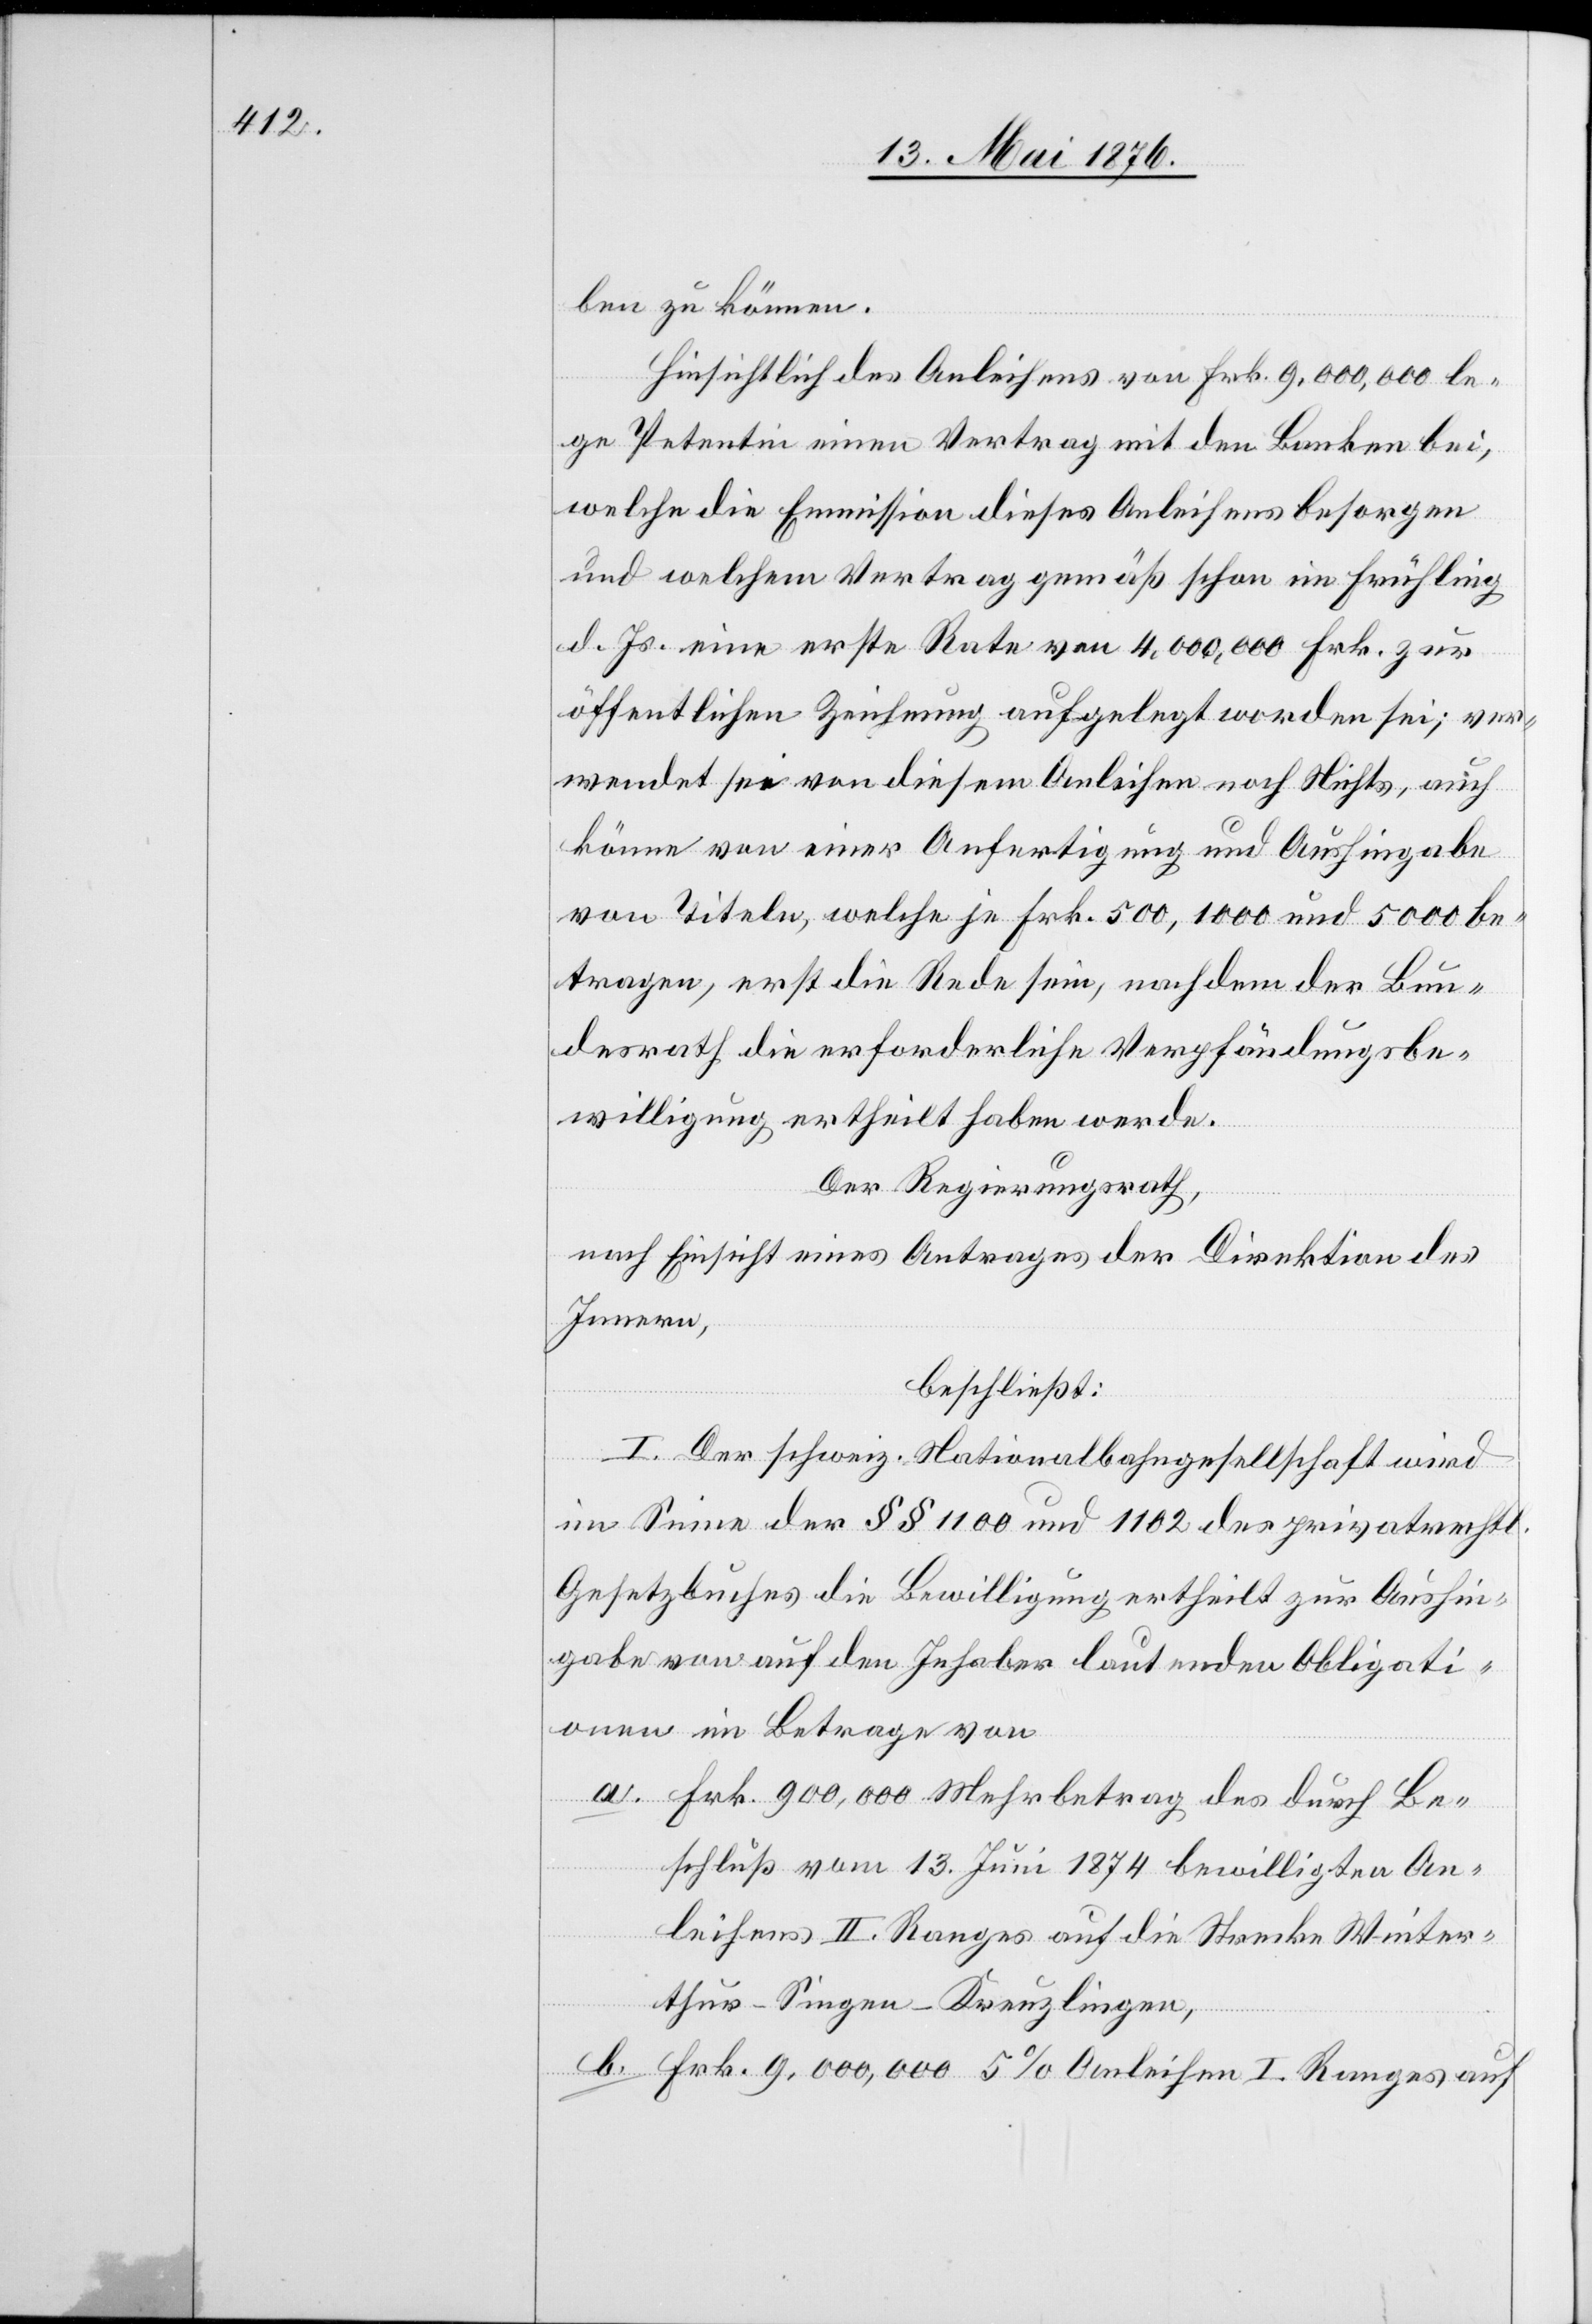
ben zu können.
Hinsichtlich des Anleihens von Frk. 9,000,000 le¬
ge Petentin einen Vertrag mit den Banken bei,
welche die Emission dieses Anleihens besorgen
und welchem Vertrag gemäß schon im Frühling
d. Js. eine erste Rate von 4,000,000 Frk. zur
öffentlichen Zeichnung aufgelegt worden sei; ver¬
wendet sei von diesem Anleihen noch Nichts, auch
könne von einer Anfertigung und Aushingabe
von Titeln, welche je Frk. 500, 1000 und 5000 be¬
tragen, erst die Rede sein, nachdem der Bun¬
desrath die erforderliche Verpfändungsbe¬
willigung ertheilt haben werde.
Der Regierungsrath,
nach Einsicht eines Antrages der Direktion des
Innern,
beschließt:
I. Der schweiz. Nationalbahngesellschaft wird
im Sinne der §§ 1100 und 1102 des privatrechtl.
Gesetzbuches die Bewilligung ertheilt zur Aushin¬
gabe von auf den Inhaber lautenden Obligati¬
onen im Betrage von
a. Frk. 900,000 Mehrbetrag des durch Be¬
schluß vom 13. Juni 1874 bewilligten An¬
leihens II. Ranges auf die Strecke Winter¬
thur–Singen–Kreuzlingen,
b. Frk. 9,000,000 5 % Anleihen I. Ranges auf